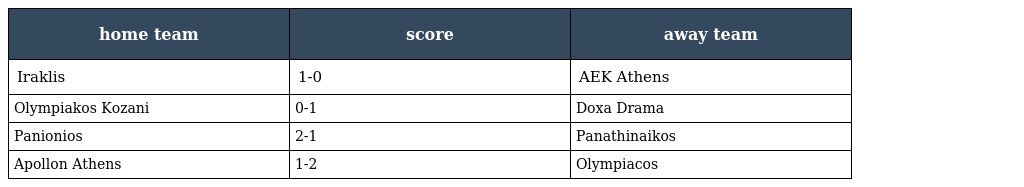
| home team | score | away team |
 | --- | --- | --- |
 | Iraklis | 1-0 | AEK Athens |
 | Olympiakos Kozani | 0-1 | Doxa Drama |
 | Panionios | 2-1 | Panathinaikos |
 | Apollon Athens | 1-2 | Olympiacos |